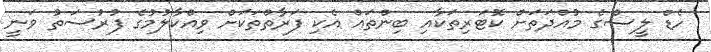
ހެޑް ލީސްގެ މުއްދަތަށް ކޮޓަރިތަކާއި ބިންތައް އެކި ފަރާތްތަކަށް ވިއްކާލުމުގެ ފުރުސަތު ވަނީ